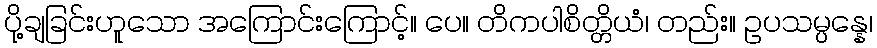
ပို့ချခြင်းဟူသော အကြောင်းကြောင့်။ ပေ။ တိကပါစိတ္တိယံ၊ တည်း။ ဥပသမ္ပန္နေ၊